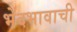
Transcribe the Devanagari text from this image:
भेदभावाची